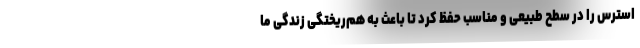
استرس را در سطح طبیعی و مناسب حفظ کرد تا باعث به هم‌ریختگی زندگی ما